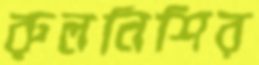
রুলনিশির